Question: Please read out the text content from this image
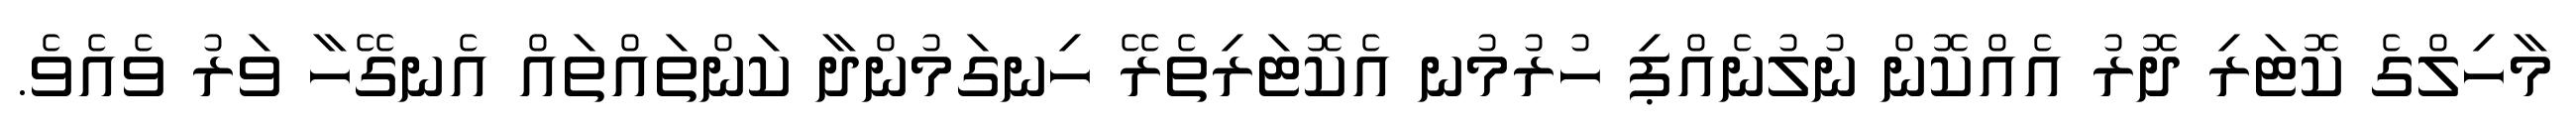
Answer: މާހިލްގެ ކޮޓަރި ދޮރު އެއްކޮން ނުލުނެއްޕި ހުރުމުނ އެކޮޓަރިތެރޭ ހިނގަމުންދާ ކަންތައްތައް އެނގޭހާ ވަރު ވެއެވެ.